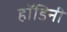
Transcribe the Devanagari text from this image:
हॉडिनी